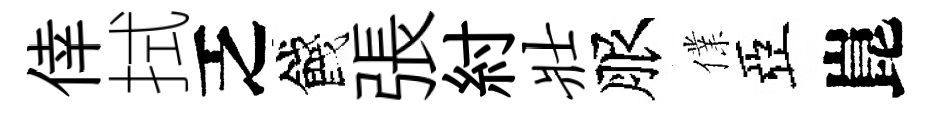
倖拭乏餞張紂壮服㒒亞崑